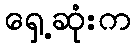
ရှေ့ဆုံးက